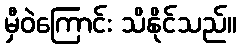
မှီဝဲကြောင်း သိနိုင်သည်။